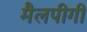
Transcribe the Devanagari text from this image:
मैलपीगी